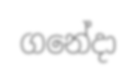
ගනේදා